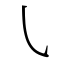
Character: ㇂